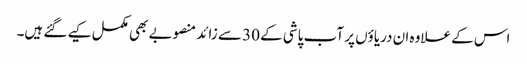
اس کے علاوہ ان دریاؤں پر آب پاشی کے 30 سے زائد منصوبے بھی مکمل کیے گئے ہیں۔